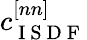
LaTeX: c_{\mathrm{~I~S~D~F~}}^{[nn]}